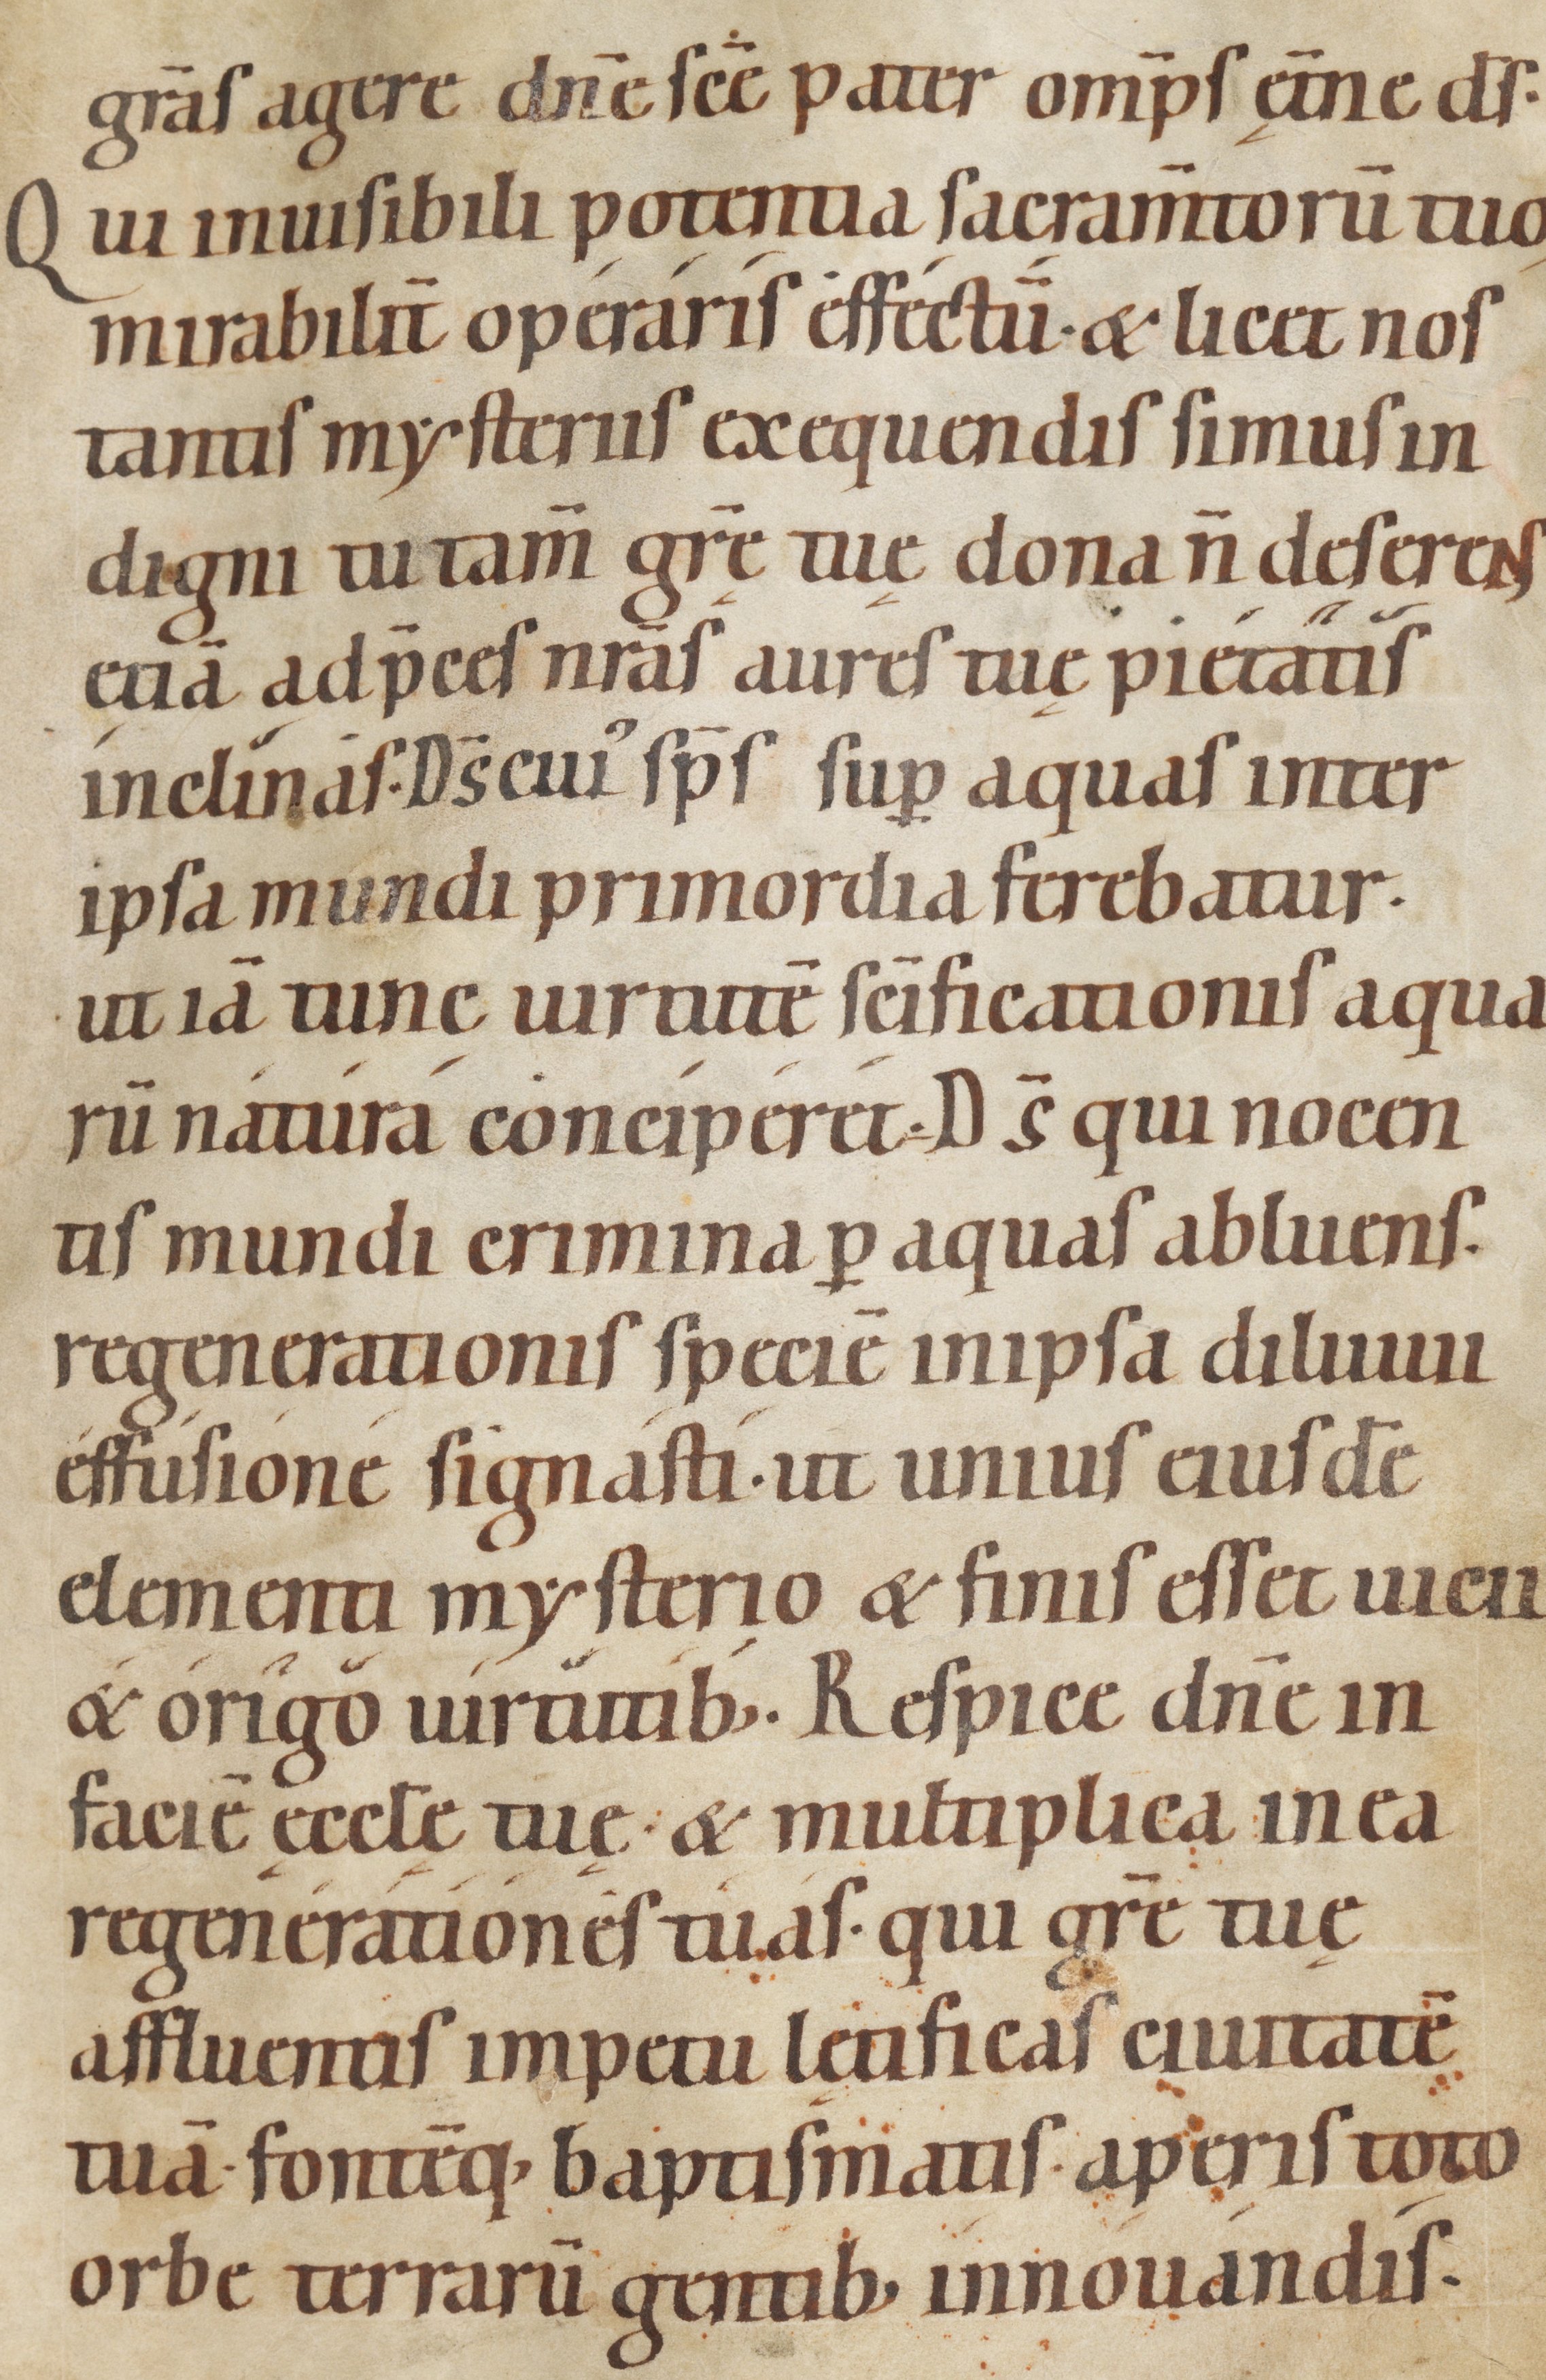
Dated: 1100–1199